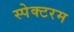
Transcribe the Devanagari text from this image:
स्पेक्टरम